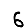
Digit: 6